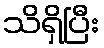
သိရှိပြီး